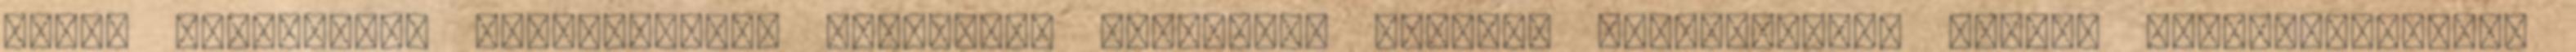
egyes munkakörök betöltéséhez szükséges képesítés ágazati szabályokban került meghatározásra.